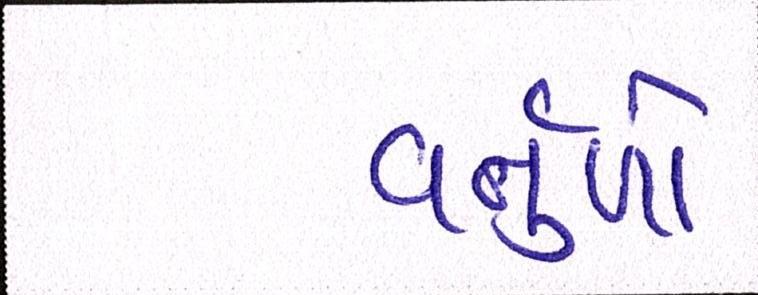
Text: વર્તુળો